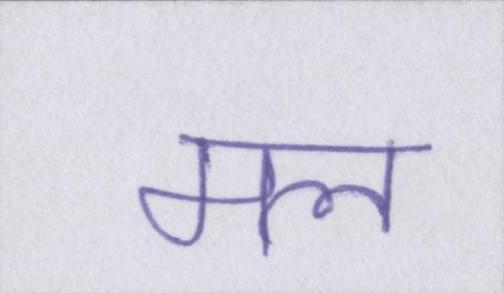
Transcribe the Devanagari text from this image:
मल